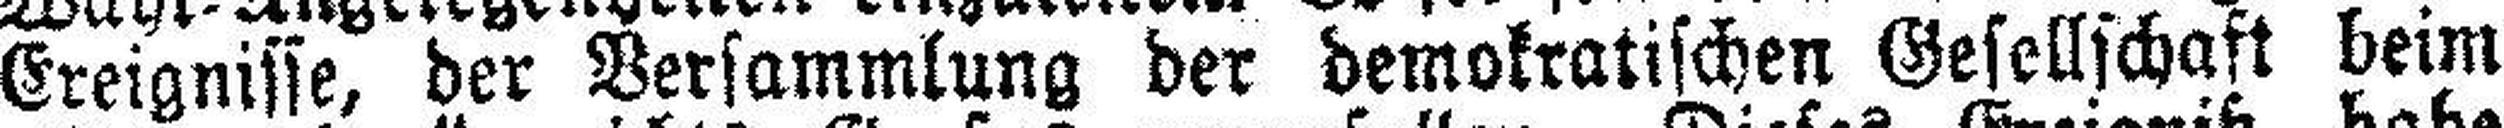
Ereignisse, der Versammlung der demokratischen Gesellschaft beim